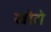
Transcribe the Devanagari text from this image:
खोरो